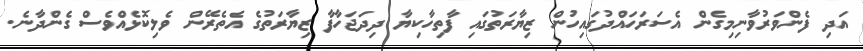
އަދި ފެންވަރުވާނިމިގެން އެސަރަހައްދުގައިހުން ޒިޔާރަތުގައި ފާތިހާކިޔާ ދިދަޖަހާފާ ޒިޔާރަތުގެ އެތެރޭން ވެލިކޮޅެއްވެސް ގެންދާނެ.